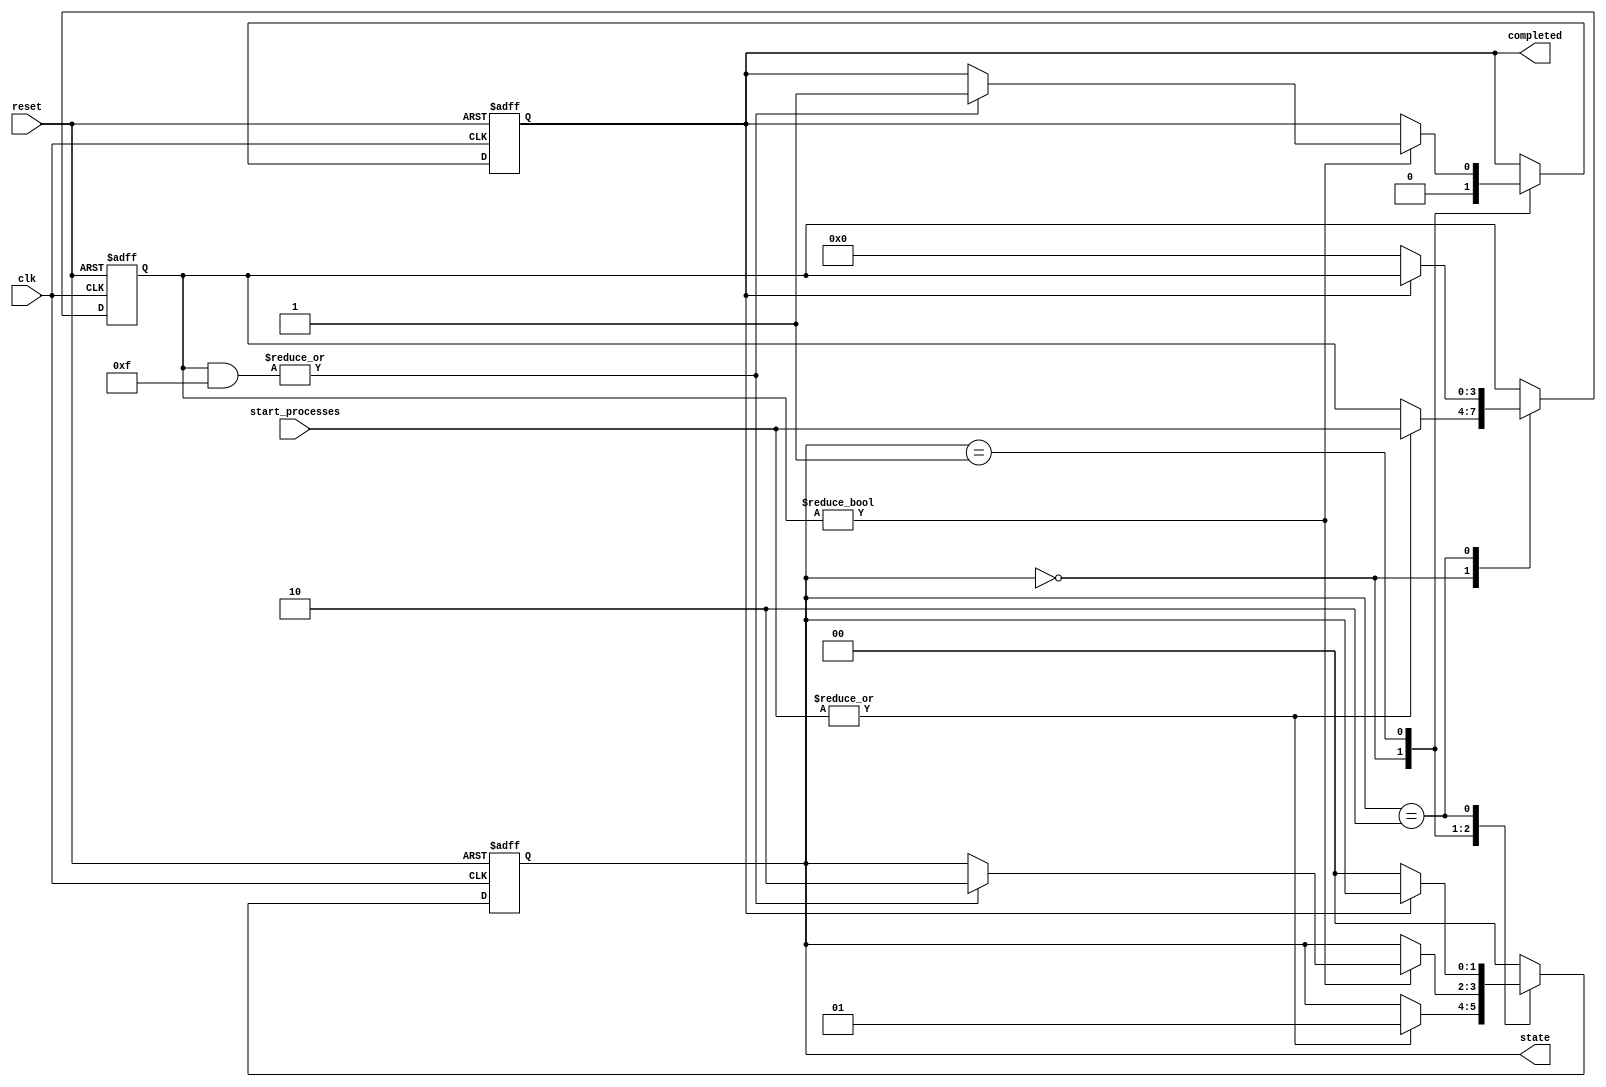
module ForkJoinAny #(
    parameter NUM_PROCESSES = 4 // Number of concurrent processes
)(
    input wire clk,                // Clock signal
    input wire reset,              // Reset signal
    input wire [NUM_PROCESSES-1:0] start_processes, // Start signals for each process
    output reg completed,          // Completion signal
    output reg [1:0] state         // State output for debugging
);

    // State encoding
    localparam IDLE = 2'b00;
    localparam ACTIVE = 2'b01;
    localparam COMPLETED = 2'b10;

    reg [NUM_PROCESSES-1:0] process_done; // Process completion signals
    reg [NUM_PROCESSES-1:0] active_processes; // Active processes

    // State management
    always @(posedge clk or posedge reset) begin
        if (reset) begin
            state <= IDLE;
            completed <= 1'b0;
            process_done <= 0;
            active_processes <= 0;
        end else begin
            case (state)
                IDLE: begin
                    completed <= 1'b0;
                    if (|start_processes) begin // If any process is started
                        active_processes <= start_processes;
                        state <= ACTIVE;
                    end
                end

                ACTIVE: begin
                    // Check for any completed processes
                    if (active_processes) begin
                        // Simulate process completion (for example purposes)
                        // In a real scenario, this would be driven by actual process completion signals
                        process_done = active_processes & {NUM_PROCESSES{1'b1}}; // Simulate all processes completing
                        if (|process_done) begin // If any process is done
                            completed <= 1'b1;
                            state <= COMPLETED;
                        end
                    end
                end

                COMPLETED: begin
                    // Wait for the next fork operation
                    if (!completed) begin
                        state <= IDLE;
                        process_done <= 0;
                        active_processes <= 0;
                    end
                end

                default: state <= IDLE; // Default to IDLE state
            endcase
        end
    end

endmodule